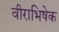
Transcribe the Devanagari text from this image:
वीराभिषेक